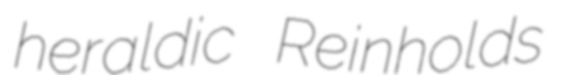
heraldic Reinholds